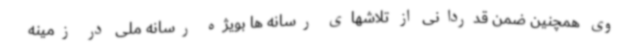
وی همچنین ضمن قدردانی از تلاشهای رسانه ها بویژه رسانه ملی در زمینه